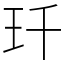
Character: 𤣳